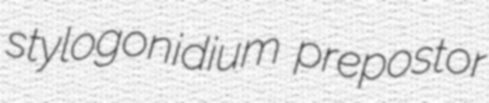
stylogonidium prepostor